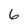
Character: 6